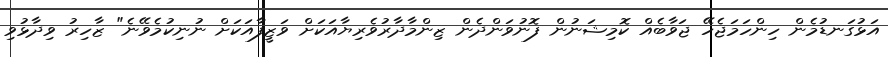
އަޅުގަނޑުމެން ހިންހަމަޖެހޭ ޖަވާބެއް ކޮމިޝަނުން ފޮނުވަންދެން ޒިންމާދާރުވެރިޔާއަކަށް ވަޒީފާއަކަށް ނުނިކުމެވޭނެ" ޒާހިރު ވިދާޅުވި